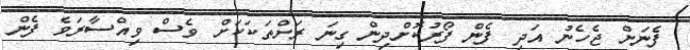
ފެނަށް ޖެހެނު އަދި ފެން ފޯރުކޮށްދިން ގިނަ ރަށްތަކަކަށް ވެސް ވިއްސާރަވެ ފެން